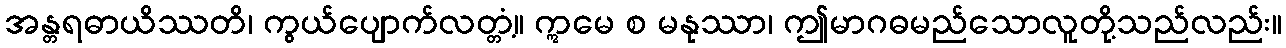
အန္တရဓာယိဿတိ၊ ကွယ်ပျောက်လတ္တံ့။ ဣမေ စ မနုဿာ၊ ဤမာဂဓမည်သောလူတို့သည်လည်း။